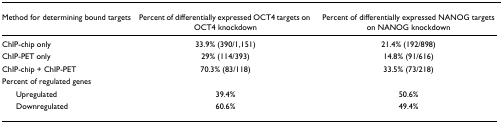
<table><thead><tr><td><b>Method for determining bound targets</b></td><td><b>Percent of differentially expressed OCT4 targets on OCT4 knockdown</b></td><td><b>Percent of differentially expressed NANOG targets on NANOG knockdown</b></td></tr></thead><tbody><tr><td>ChIP-chip only</td><td>33.9% (390/1,151)</td><td>21.4% (192/898)</td></tr><tr><td>ChIP-PET only</td><td>29% (114/393)</td><td>14.8% (91/616)</td></tr><tr><td>ChIP-chip + ChIP-PET</td><td>70.3% (83/118)</td><td>33.5% (73/218)</td></tr><tr><td>Percent of regulated genes</td><td></td><td></td></tr><tr><td> Upregulated</td><td>39.4%</td><td>50.6%</td></tr><tr><td> Downregulated</td><td>60.6%</td><td>49.4%</td></tr></tbody></table>